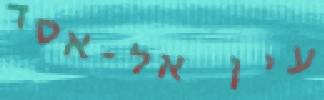
עין אל-אסד